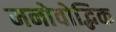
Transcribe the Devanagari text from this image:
मनोवोद्भिक